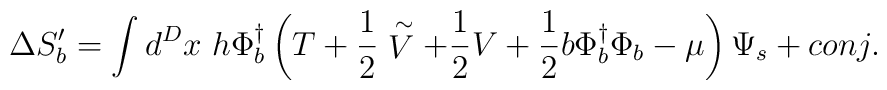
\Delta S_b^\prime = \int d^D x~h \Phi_b^{\dagger} \left( T + \frac{1}{2}\stackrel{\sim}{V} + \frac{1}{2} V + \frac{1}{2} b \Phi_b^{\dagger} \Phi_b - \mu \right)\Psi_s + conj.